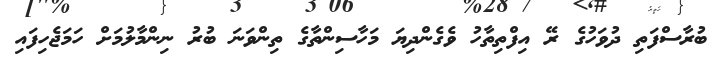
ބުރާސްފަތި ދުވަހުގެ ރޭ އިފްތިތާހު ވެގެންދިޔަ މަހާސިންތާގެ ތިންވަނަ ބުރު ނިންމާލުމަށް ހަމަޖެހިފައި